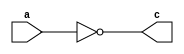
`timescale 1ns / 1ps
//////////////////////////////////////////////////////////////////////////////////
// Company: 
// Engineer: 
// 
// Design Name: 
// Module Name: notgate
// Project Name: 
// Target Devices: 
// Tool Versions: 
// Description: 
// 
// Dependencies: 
// 
// Revision:
// Revision 0.01 - File Created
// Additional Comments:
// 
//////////////////////////////////////////////////////////////////////////////////


module notgate
#(parameter WIDTH=1)           //1
   (
    input [(WIDTH-1):0] a,     // WIDTH
    output [(WIDTH-1):0] c
    );

    assign c = ~a;           //  1

endmodule